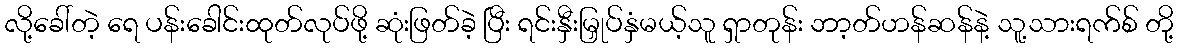
လို့ခေါ်တဲ့ ရေ ပန်းခေါင်းထုတ်လုပ်ဖို့ ဆုံးဖြတ်ခဲ့ ပြီး ရင်းနှီးမြှုပ်နှံမယ့်သူ ရှာတုန်း ဘာ့တ်ဟန်ဆန်နဲ့ သူ့သားရက်စ် တို့